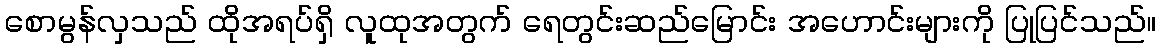
စောမွန်လှသည် ထိုအရပ်ရှိ လူထုအတွက် ရေတွင်းဆည်မြောင်း အဟောင်းများကို ပြုပြင်သည်။